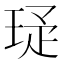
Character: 𬍩